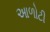
આળોટી